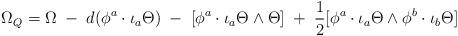
LaTeX: \begin{align*} \Omega _Q = \Omega \;-\;d(\phi ^a\cdot \iota _a\Theta ) \;-\;[\phi ^a\cdot \iota _a\Theta \wedge \Theta] \;+\;\frac 12[\phi ^a\cdot \iota _a\Theta \wedge \phi ^b\cdot \iota _b\Theta ] \end{align*}